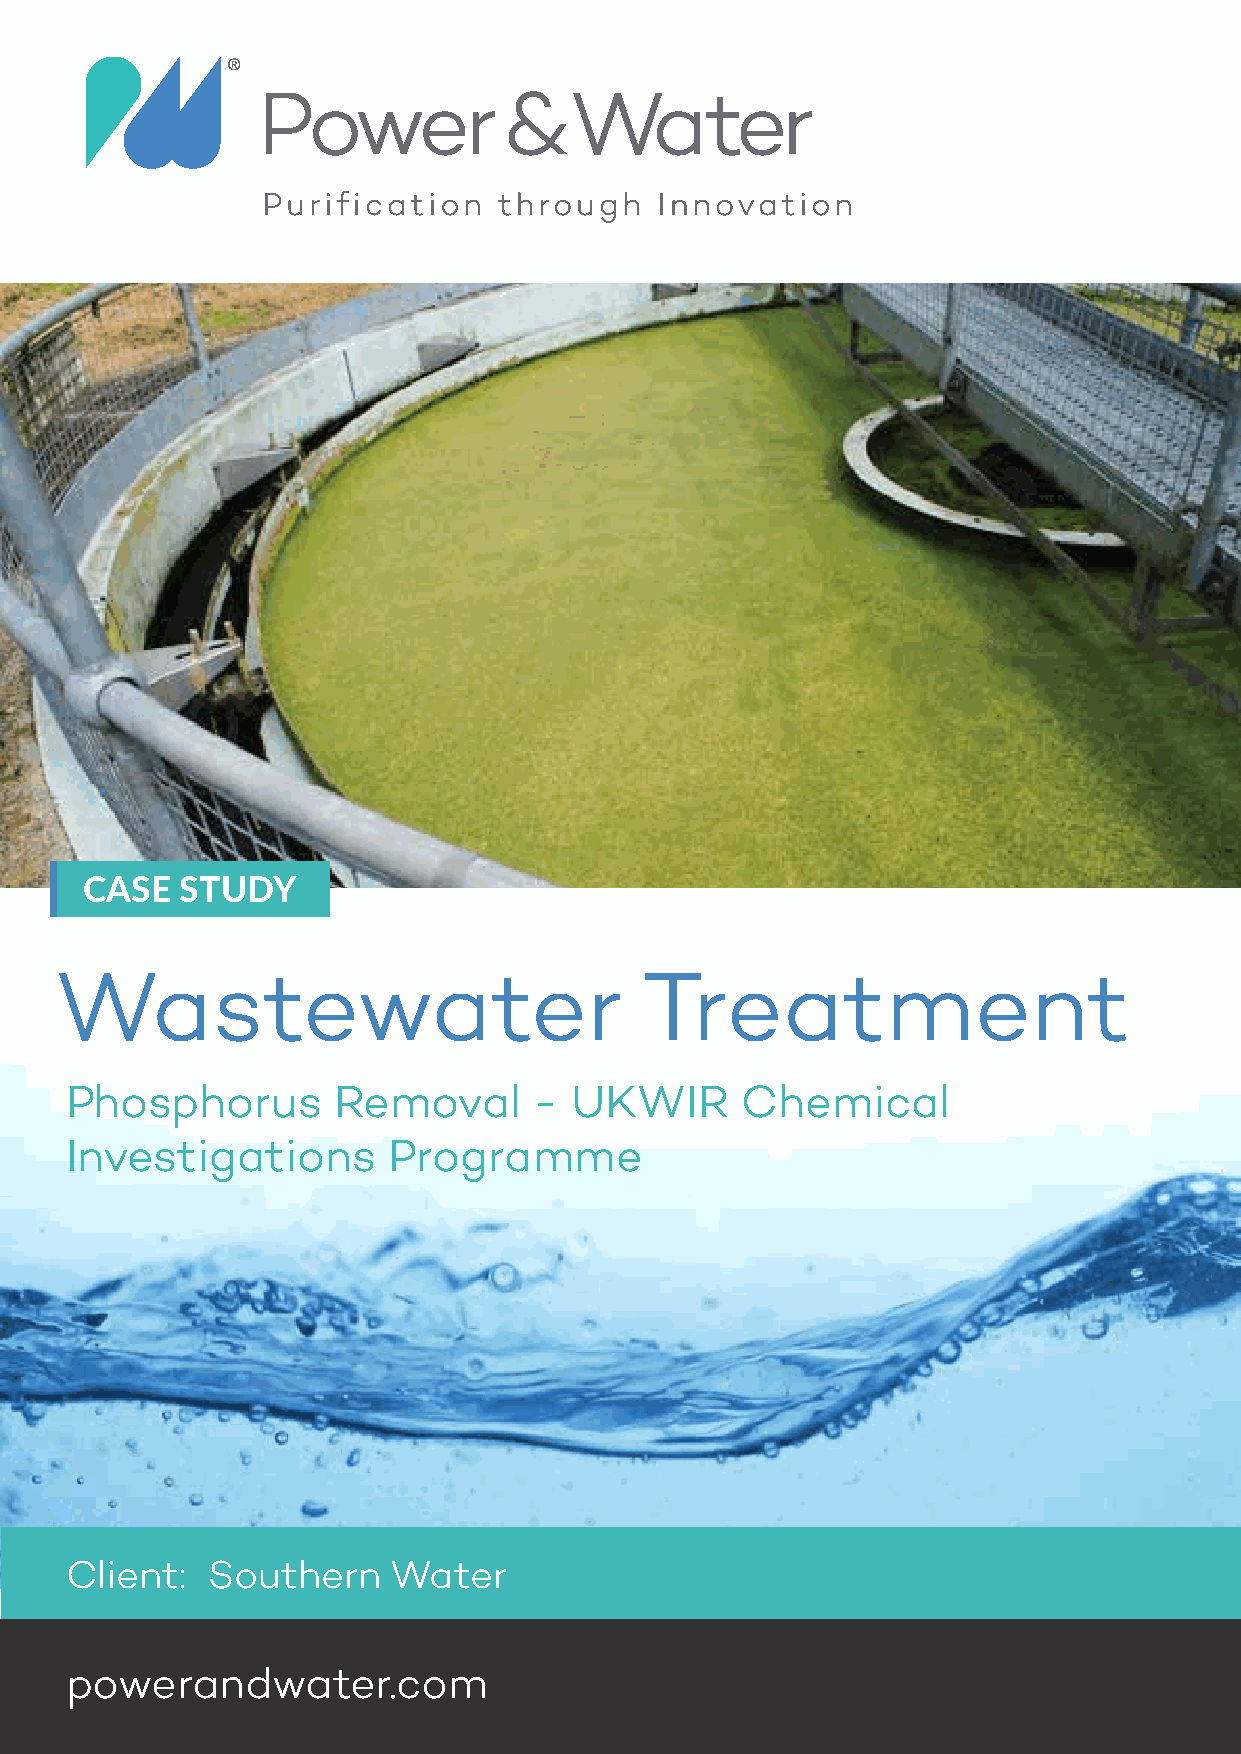
CASE  STUDY
 Wastewater                            Treatment
 Phosphorus        Removal      -  UKWIR      Chemical
 Investigations        Programme
 Client:   Southern    Water
 powerandwater.com